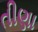
તીણા